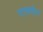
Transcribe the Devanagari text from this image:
एएसईएन